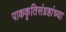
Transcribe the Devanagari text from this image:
पाककृतिसंग्रहांच्या